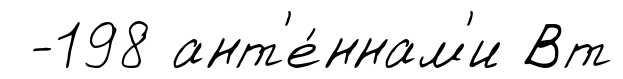
-198 ант'е́ннам'и Вт